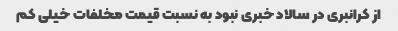
از کرانبری در سالاد خبری نبود به نسبت قیمت مخلفات خیلی کم